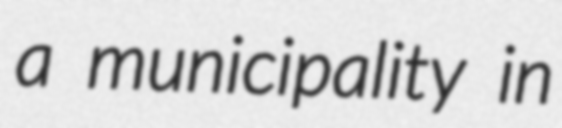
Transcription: a municipality in